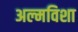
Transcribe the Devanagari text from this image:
अल्मविशा